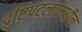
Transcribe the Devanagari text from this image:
दृष्टिपटलामधील